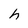
Character: h